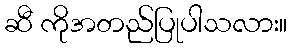
ဆီ ကိုအတည်ပြုပါသလား။